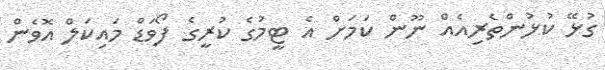
ގުޅޭ ކުޅުންތެރިއެއް ނޫން ކަމަށް އެ ޓީމުގެ ކުރީގެ ފޯވަޑް މައިކަލް އޮވެން